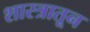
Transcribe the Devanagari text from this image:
शास्त्रातून